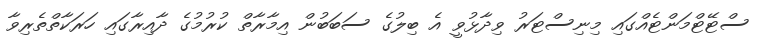
ސްޓޭޓްމަންޓެއްގައި މިނިސްޓަރު ވިދާޅުވީ އެ ބިލުގެ ސަބަބުން އިމާރާތް ކުރުމުގެ ދާއިރާގައި ހަރަކާތްތެރިވާ